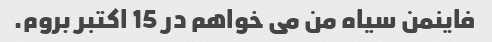
فاینمن سیاه من می خواهم در 15 اکتبر بروم.